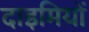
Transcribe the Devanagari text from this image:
दाइमियों